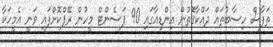
ތަފާސް ހިސާބުތައް ދައްކާގޮތުން އިންޑިއާގައި 90 ޕަސެންޓް މީހުން ރޭޕްކޮށްފައި ވަނީ އެމީހަކާ